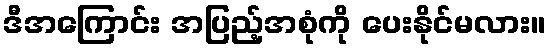
ဒီအကြောင်း အပြည့်အစုံကို ပေးနိုင်မလား။